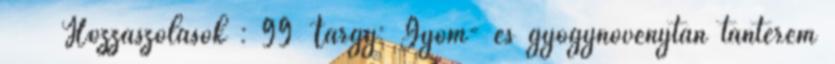
Hozzászólások : 99 Tárgy: Gyom- és gyógynövénytan tanterem